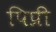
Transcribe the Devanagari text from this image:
पिप्री